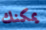
يمكنك